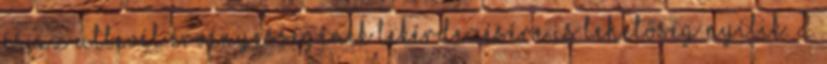
és az útlevél érvényességének lekérdezésére is lehetőség nyílik. 2.